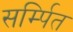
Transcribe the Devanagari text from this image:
सर्म्पित